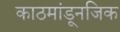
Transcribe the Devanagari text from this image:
काठमांडूनजिक